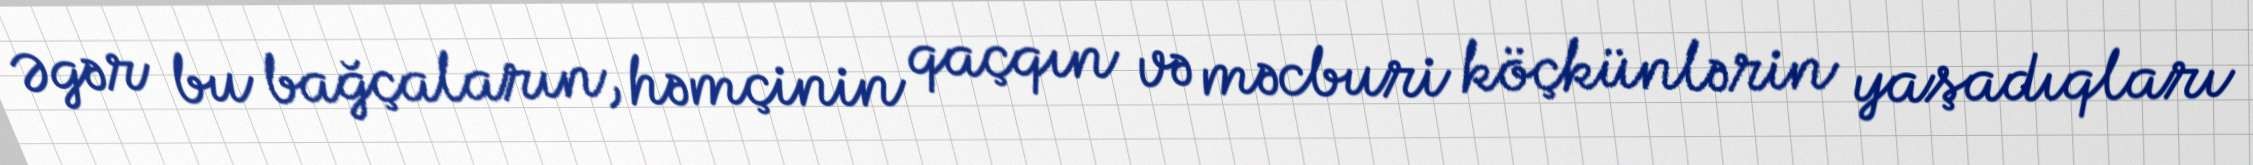
Əgər bu bağçaların, həmçinin qaçqın və məcburi köçkünlərin yaşadıqları